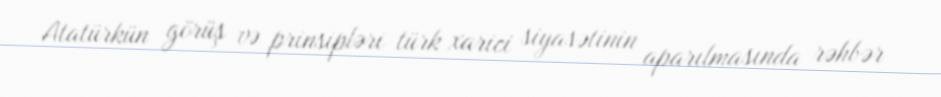
Atatürkün görüş və prinsipləri türk xarici siyasətinin aparılmasında rəhbər